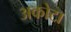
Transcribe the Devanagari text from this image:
अकोटा